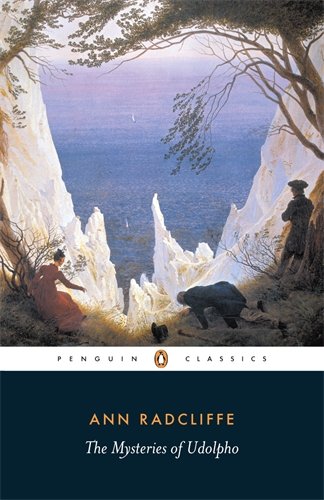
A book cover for The Mysteries of Udolpho (Penguin Classics); Ann Radcliffe; Literature & Fiction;